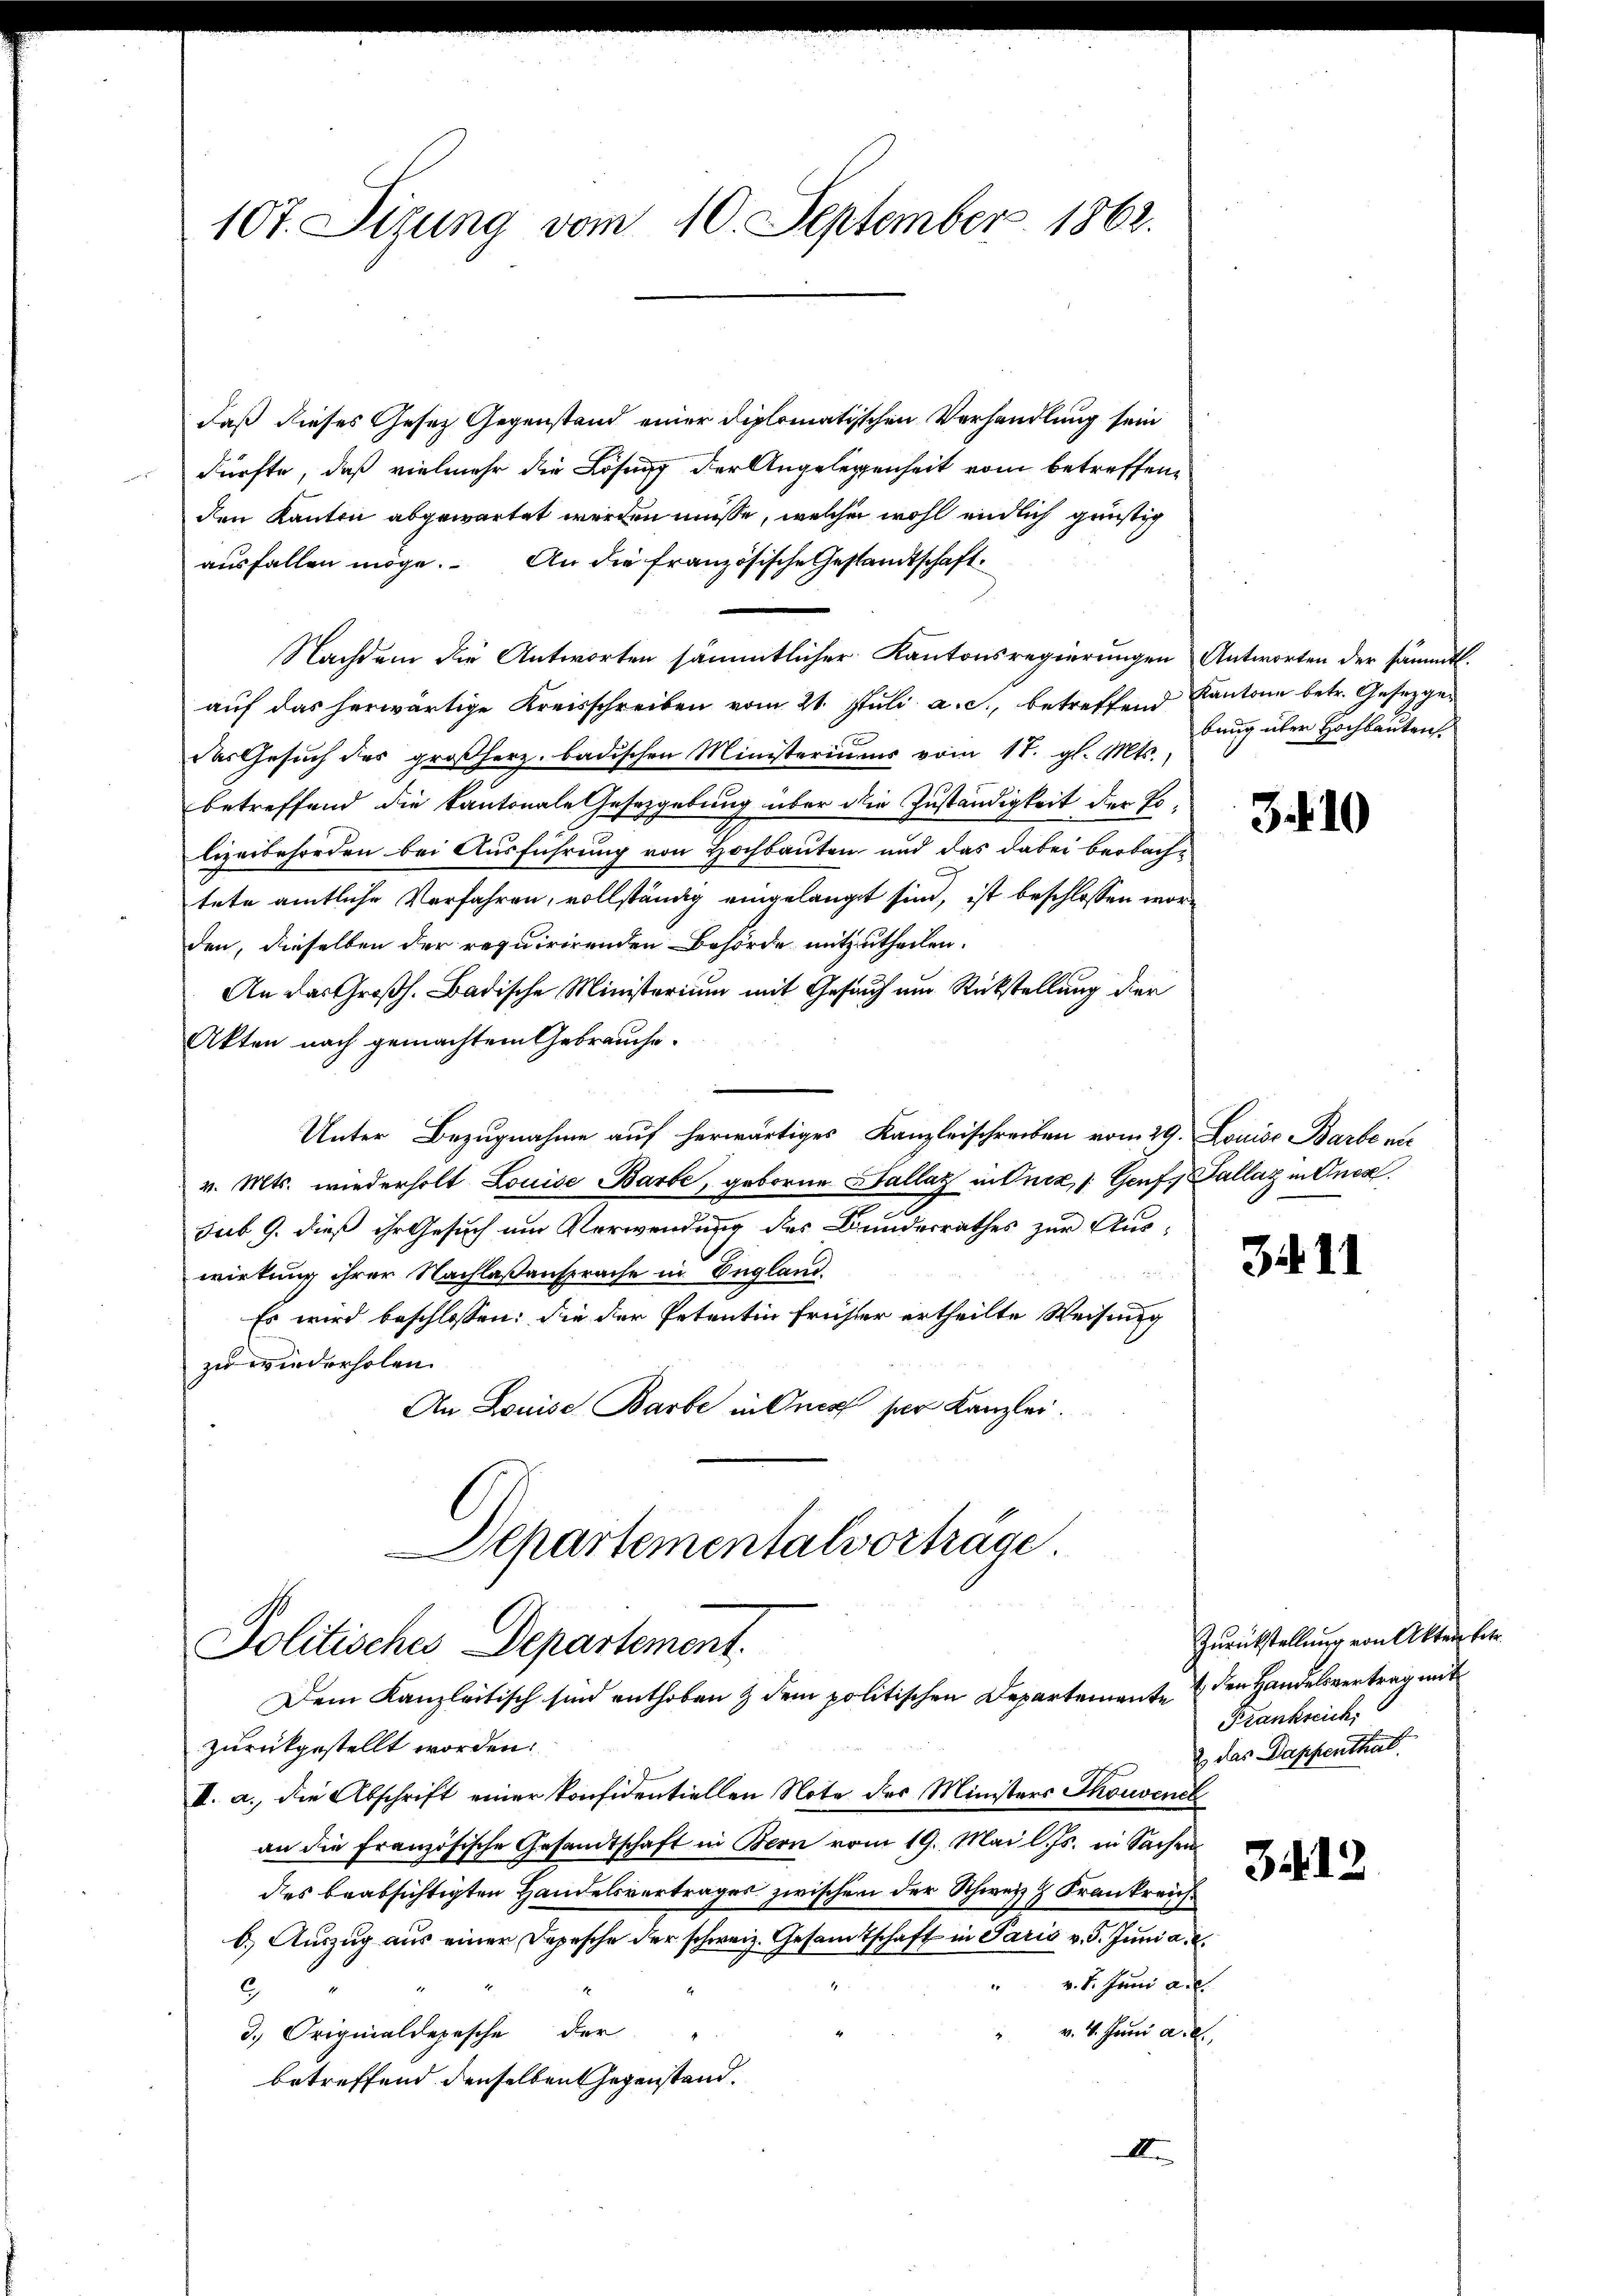
107. Sizung vom 10. September 1862.

daß dieses Gesetz Gegenstand einer diplomatischen Verhandlung sein
dürfte, daß vielmehr die Lösung der Angelegenheit vom betreffenden Kanton abgewartet werden müsse, welche wohl endlich günstig
ausfallen möge. An die französische Gestandtschaft
Nachdem die Antworten sämmtlicher Kantonsregierungen Antworten der sämmtl.
auf das herwärtige Kreisschreiben vom 21. Juli a. c., betreffend Kantone betr. Gesetzge¬
Das Gesuch des großherz. badischen Ministeriums vom 17. gl. Mts.,
betreffend die kantonale Gesetzgebung über die Zuständigkeit der Tolizeibehörden bei Ausführung von Hochbauten und das dabei beobachtete amtliche Verfahren, vollständig eingelangt sind, ist beschlossen worden, dieselben der requirirenden Behörde mitzutheilen.
An das Großh. Badische Ministerium mit Gesuch um Rückstellung der
Akten nach gemachtem Gebrauche.
Unter Bezugnahme auf herwärtiges Kanzleischreiben vom 29. Louise Barbe nu
v. Mts. wiederholt Louise Barbe, geborne Sallat in Oncz /: Genf. Gallag in Inca
e
sub 9. dieß ihr Gesuch um Verwendung des Bundesrathes zur Auswirkung ihrer Nachlaßansprache in England.
Es wird beschlossen: die der Petentin früher ertheilte Weisung
zu wiederholen.
An Louise Barbe in Once ser Kanzlei.

Departementalvorträge
Politisches Departement.
Dem Kanzleitisch sind enthoben & dem politischen Departemente den Handelsvertrag mit

zurückgestellt worden.
I. a. die Abschrift einer konfidentiellen Note der Ministers Thouvene
an die Französische Gesandtschaft in Bern vom 19. Mai l. Js. in Sachen
des beabsichtigten Handelsvertrages zwischen der Schweiz & Frankreich
b.) Auszug aus einer Depesche der schweiz. Gesamtschaft in Paris v. 5. Juni a. c.
v. 8. Juni a.c.
.
v. 4. Juni a. d.
3.) Originaldepesche der
betreffend denselben Gegenstand.
I

bung über Hochbauten.

3.10

3411

Zurückstellung von Akten betr.
Frankreich.
2 das Dappenthal.

3412